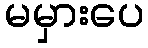
မမှားပေ